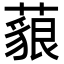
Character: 𦾜